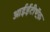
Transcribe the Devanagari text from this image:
आईईटीऍफ़